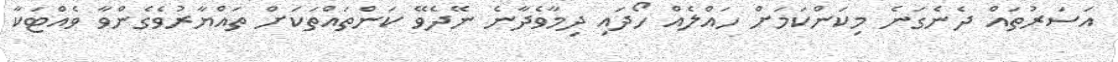
އަސަރުތައް ދެނެގަނެ މިކަންކަމަށް ހައްލެއް ހޯދައި ދިމާވެދާނެ ނޭދެވޭ ކަންތައްތަކަށް ތައްޔާރުވެގެންވާ ވެއްޓަކާ